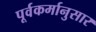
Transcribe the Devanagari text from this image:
पूर्वकर्मानुसार